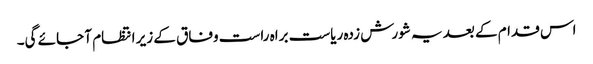
اس قدام کے بعد یہ شورش زدہ ریاست براہ راست وفاق کے زیر انتظام آ جائے گی۔